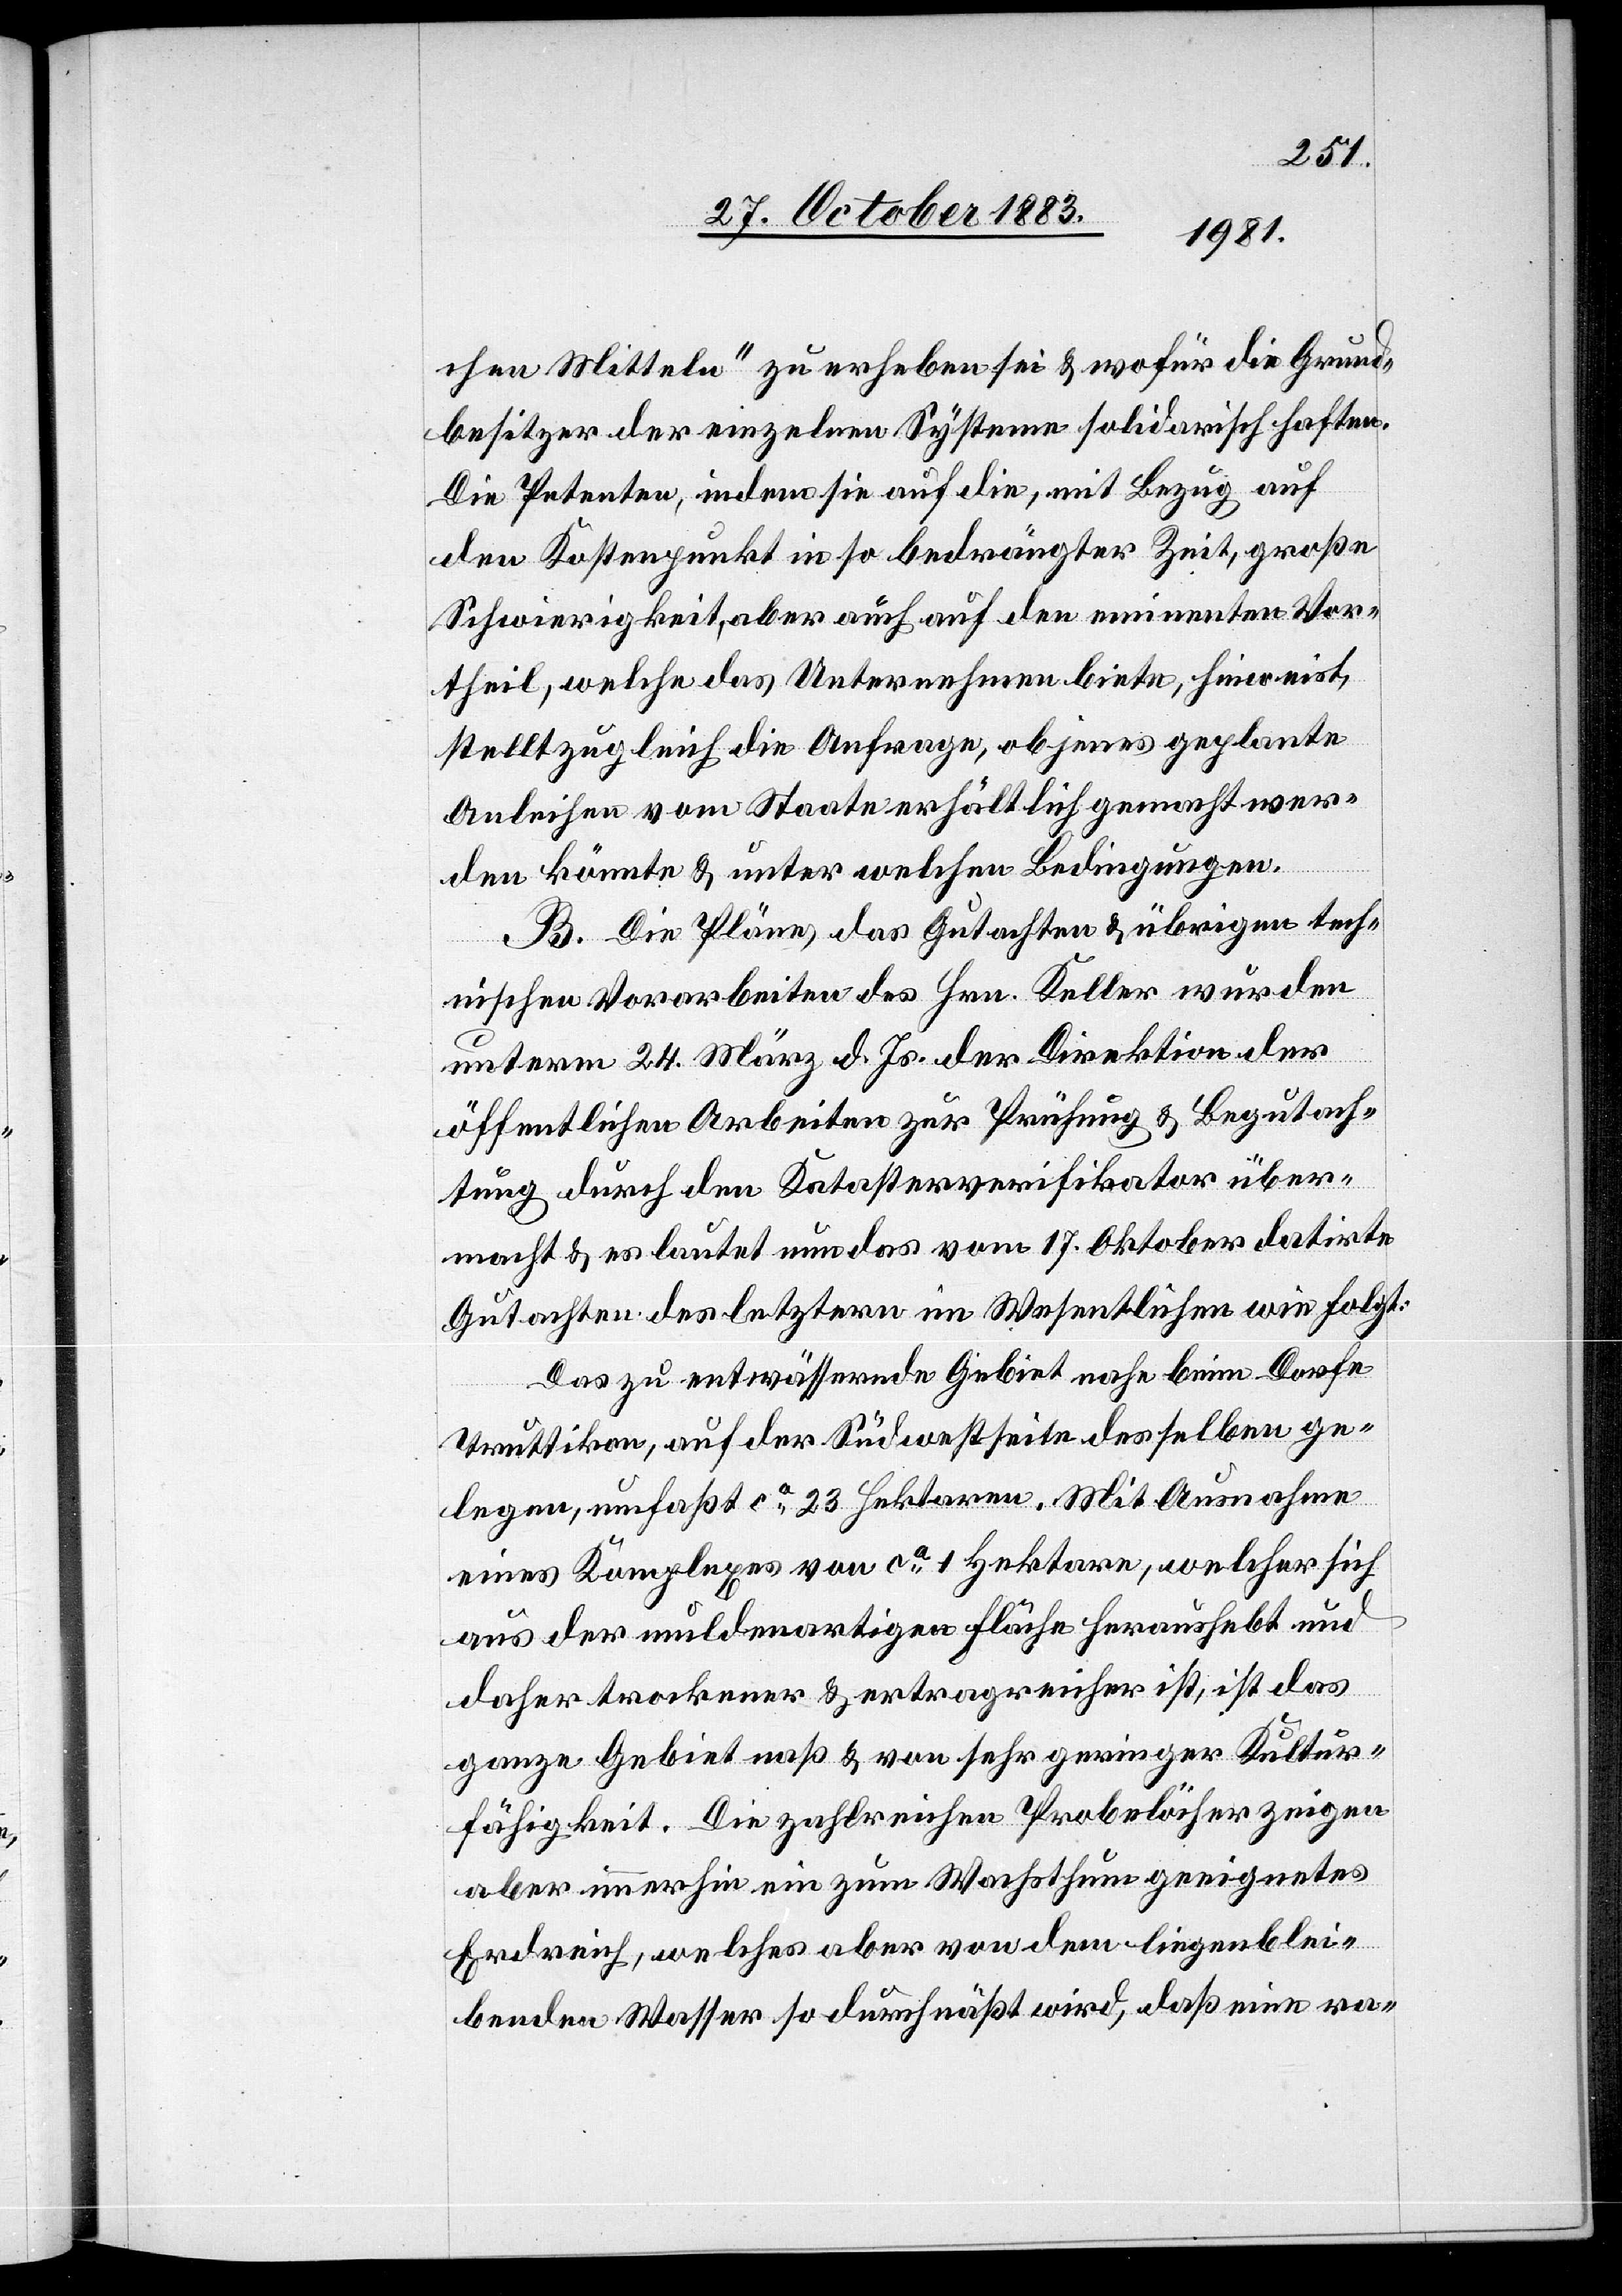
chen Mitteln“ zu erheben sei & wofür die Grund¬
besitzer der einzelnen Systeme solidarisch haften.
Die Petenten, indem sie auf die, mit Bezug auf
den Kostenpunkt in so bedrängter Zeit, große
Schwierigkeit, aber auch auf den eminenten Vor¬
theil, welche das Unternehmen biete, hinweist,
stellt zugleich die Anfrage, ob jenes geplante
Anleihen vom Staate erhältlich gemacht wer¬
den könnte & unter welchen Bedingungen.
B. Die Pläne des Gutachten & übrigen tech¬
nischen Vorarbeiten des Hrn. Keller wurden
unterm 24. März d. Js. der Direktion der
öffentlichen Arbeiten zur Prüfung & Begutach¬
tung durch den Katasterverifikator über¬
macht & es lautet nun das vom 17. Oktober datirte
Gutachten des letztern im Wesentlichen wie folgt:
Das zu entwässernde Gebiet nahe beim Dorfe
Truttikon, auf der Südwestseite desselben ge¬
legen, umfaßt ca 23 Hektaren. Mit Ausnahme
eines Komplexes von ca 1 Hektare, welcher sich
aus der Muldenartigen Fläche heraushebt und
daher trockener & ertragreicher ist, ist das
ganze Gebiet naß & von sehr geringer Kultur¬
fähigkeit. Die zahlreichen Probelöcher zeigen
aber immerhin ein zum Wachsthum geeignetes
Erdreich, welches aber von dem liegenblei¬
benden Wasser so durchnäßt wird, daß eine ra-